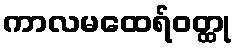
ကာလမထေရ်ဝတ္ထု